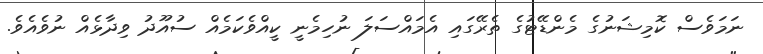
ނަމަވެސް ކޮމިޝަނުގެ މެންޑޭޓުގެ ތެރޭގައި އެމައްސަލަ ނުހިމެނީ ކީއްވެކަމެއް ސުއޫދު ވިދާޅެއް ނުވެއެވެ.